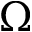
\Omega